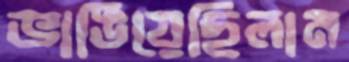
ভাঙিয়েছিলাম